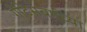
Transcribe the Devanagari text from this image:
गेटिसबर्गच्या